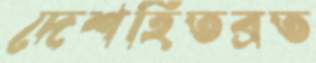
দেশহিতব্রত